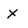
Character: x